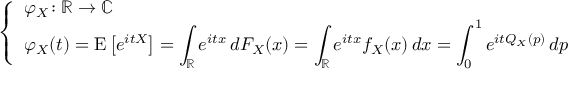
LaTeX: \left\{ \begin{array} { l l } { \displaystyle \varphi _ { X } \! : \mathbb { R } \to \mathbb { C } } \\ { \displaystyle \varphi _ { X } ( t ) = \operatorname { E } \left[ e ^ { i t X } \right] = \int _ { \mathbb { R } } e ^ { i t x } \, d F _ { X } ( x ) = \int _ { \mathbb { R } } e ^ { i t x } f _ { X } ( x ) \, d x = \int _ { 0 } ^ { 1 } e ^ { i t Q _ { X } ( p ) } \, d p } \end{array} \right.